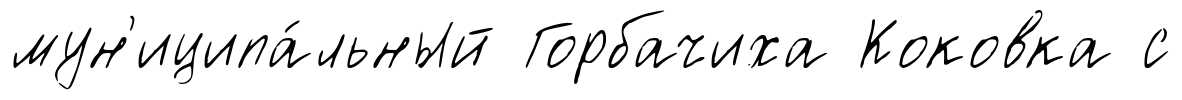
мун'иципа́льный Горбачиха Коковка с